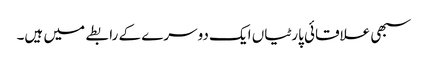
سبھی علاقائی پارٹیاں ایک دوسرے کے رابطے میں ہیں۔